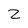
Character: Z